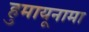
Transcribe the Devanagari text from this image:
हुमायूनामा